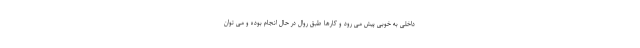
داخلی به خوبی پیش می رود و کارها طبق روال در حال انجام بوده و می توان